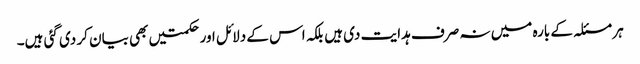
ہر مسئلہ کے بارہ میں نہ صرف ہدایت دی ہیں بلکہ اس کے دلائل اورحکمتیں بھی بیان کر دی گئی ہیں۔